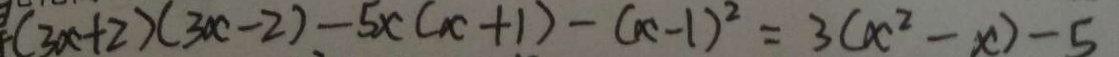
( 3 x + 2 ) ( 3 x - 2 ) - 5 x ( x + 1 ) - ( x - 1 ) ^ { 2 } = 3 ( x ^ { 2 } - x ) - 5